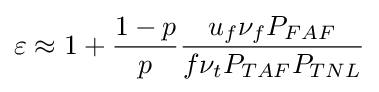
\varepsilon \approx 1+{\frac {1-p}{p}}{\frac {u_{f}\nu _{f}P_{FAF}}{f\nu _{t}P_{TAF}P_{TNL}}}